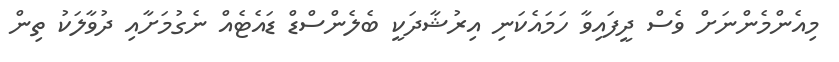
މިއެންމެންނަށް ވެސް ދީފައިވާ ހަމައެކަނި އިރުޝާދަކީ ބެލެންސްޑް ޑައެޓެއް ނެގުމަށާއި ދުވާލަކު ތިން